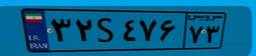
۴۵S۲۰۳۴۰